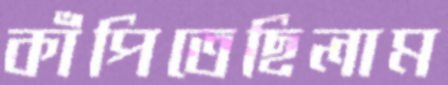
কাঁপিতেছিলাম